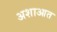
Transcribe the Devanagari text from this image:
अशाआत